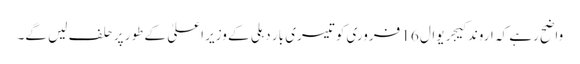
واضح رہے کہ اروند کیجریوال 16 فروری کو تیسری بار دہلی کے وزیر اعلیٰ کے طور پر حلف لیں گے۔